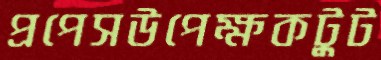
প্রপেসউপেক্ষকটুট